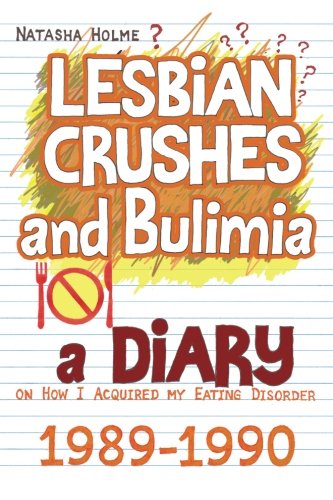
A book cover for Lesbian Crushes and Bulimia: A Diary on How I Acquired my Eating Disorder; Natasha Holme; Gay & Lesbian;